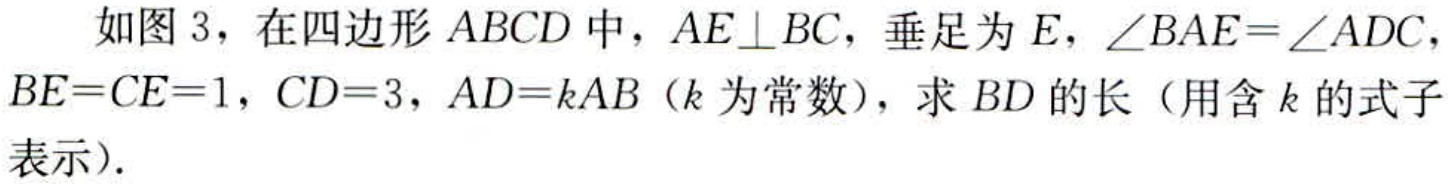
如图 3，在四边形 \(ABCD\) 中，\(AE\perp BC\)，垂足为 \(E\)，\(\angle BAE = \angle ADC\)，\(BE = CE = 1\)，\(CD = 3\)，\(AD = kAB\)（\(k\) 为常数），求 \(BD\) 的长（用含 \(k\) 的式子表示）.